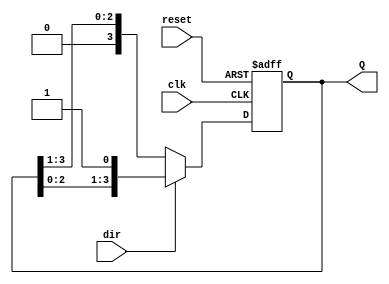
module AsyncShiftCounter (
    input wire clk,           // Clock signal
    input wire reset,         // Asynchronous reset signal
    input wire dir,          // Direction control signal (0 for decrement, 1 for increment)
    output reg [N-1:0] Q     // Counter output (N-bit wide)
);

parameter N = 4; // Define the width of the counter (e.g., 4 bits)

always @(posedge clk or posedge reset) begin
    if (reset) begin
        Q <= 0; // Reset counter to zero
    end else begin
        // Shift operation
        if (dir) begin
            // Increment logic: shift left and set LSB to 1
            Q <= {Q[N-2:0], 1'b1}; // Shift left and fill LSB with 1
        end else begin
            // Decrement logic: shift right and set MSB to 0
            Q <= {1'b0, Q[N-1:1]}; // Shift right and fill MSB with 0
        end
    end
end

endmodule